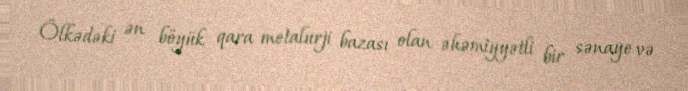
Ölkədəki ən böyük qara metalurji bazası olan əhəmiyyətli bir sənaye və